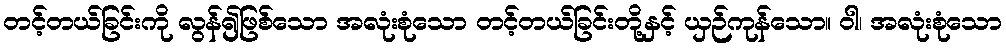
တင့်တယ်ခြင်းကို လွန်၍ဖြစ်သော အလုံးစုံသော တင့်တယ်ခြင်းတို့နှင့် ယှဉ်ကုန်သော။ ဝါ၊ အလုံးစုံသော